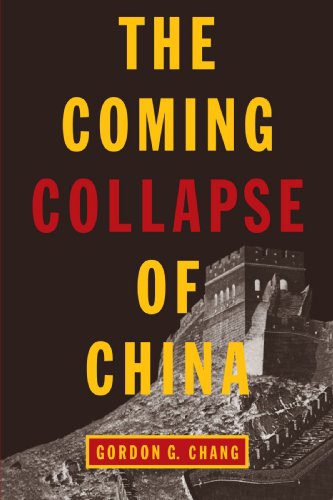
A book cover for The Coming Collapse of China; Gordon G. Chang; Travel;